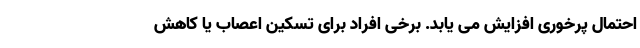
احتمال پرخوری افزایش می یابد. برخی افراد برای تسکین اعصاب یا کاهش